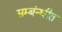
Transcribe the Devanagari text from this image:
सम्बंन्धीत